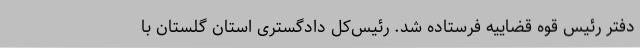
دفتر رئیس قوه قضاییه فرستاده شد. رئیس‌کل دادگستری استان گلستان با